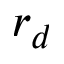
r _ { d }